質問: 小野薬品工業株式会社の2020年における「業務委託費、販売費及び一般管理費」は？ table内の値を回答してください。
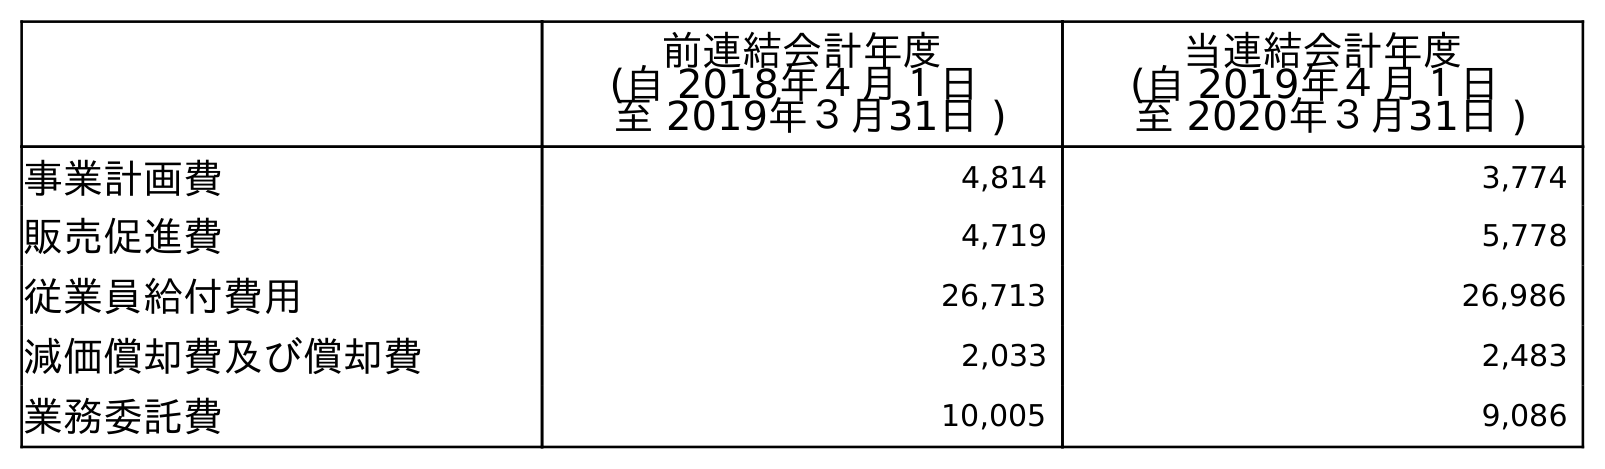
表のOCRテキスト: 前連結会計年度 (自 2018年４月１日 至 2019年３月31日 ) 当連結会計年度 (自 2019年４月１日 至 2020年３月31日 ) 事業計画費 4,814 3,774 販売促進費 4,719 5,778 従業員給付費用 26,713 26,986 減価償却費及び償却費 2,033 2,483 業務委託費 10,005 9,086
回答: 9,086